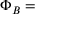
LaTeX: \Phi _ { B } = \,